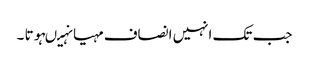
جب تک انہیں انصاف مہیا نہیںہوتا ۔